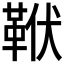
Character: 𩊙